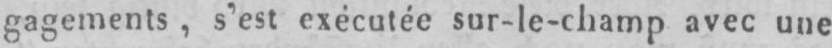
gagements, s’est exécutée sur-le-champ avec une